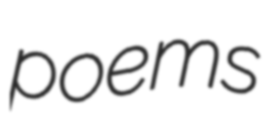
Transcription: poems